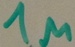
Text: 1µF